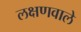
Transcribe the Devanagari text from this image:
लक्षणवाले